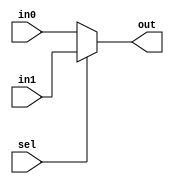
module mux_2x1 (out,in0,in1,sel);
  output [31:0] out;
  input [31:0] in0,in1;
  input sel;
  assign out=sel?in1:in0;
endmodule //